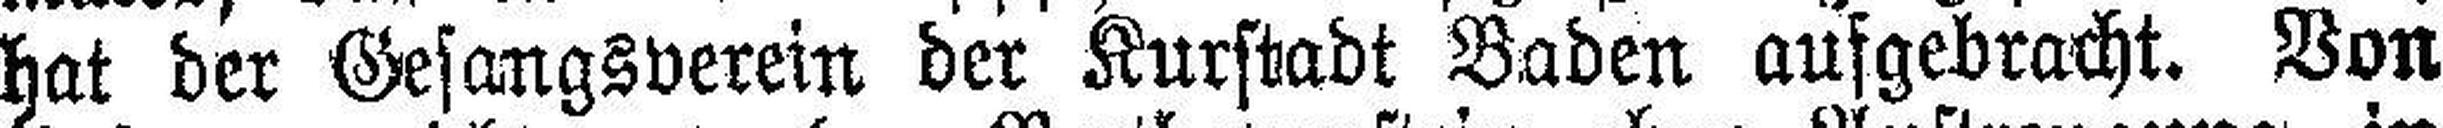
hat der Gesangsverein der Kurstadt Baden aufgebracht. Von